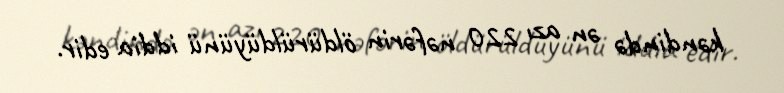
kəndində ən azı 220 nəfərin öldürüldüyünü iddia edir.